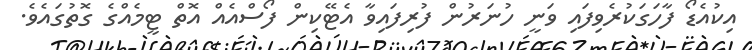
އިކުއެޑޯ ފާހަގަކުރެވިފައި ވަނީ ހުނަރުން ފުރިފައިވާ އެޓޭކިން ފޯސްއެއް އޮތް ޓީމެއްގެ ގޮތުގައެވެ.